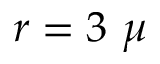
r = 3 ~ \mu